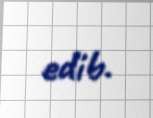
edib.